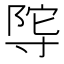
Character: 𭔴